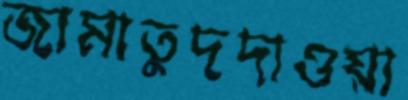
জামাতুদদাওয়া